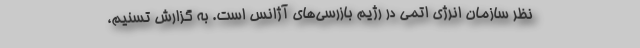
نظر سازمان انرژی اتمی در رژیم بازرسی‌های آژانس است. به گزارش تسنیم،